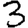
Digit: 3